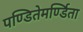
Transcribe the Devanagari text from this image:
पण्डितेमर्ण्डिता